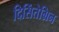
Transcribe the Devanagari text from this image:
दिसिंतेग्रिन